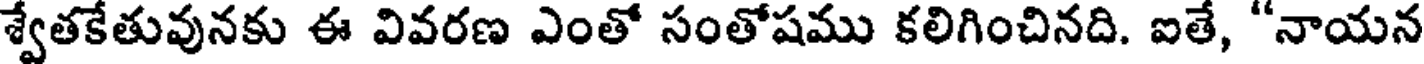
శ్వేతకేతువునకు ఈ వివరణ ఎంతో సంతోషము కలిగించినది. ఐతే, "నాయన